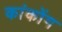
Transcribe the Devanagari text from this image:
कांकोंग